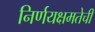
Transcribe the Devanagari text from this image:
निर्णयक्षमतेची